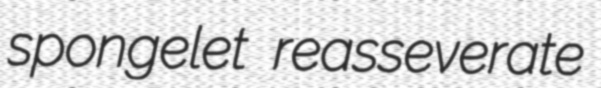
spongelet reasseverate